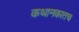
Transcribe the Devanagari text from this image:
कथानकातच